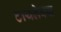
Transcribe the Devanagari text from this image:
टायलेक्स